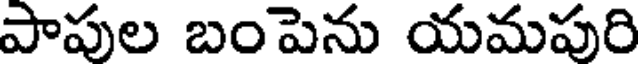
పాపుల బంపెను యమపురి